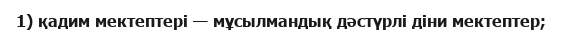
1) қадим мектептері — мұсылмандық дәстүрлі діни мектептер;